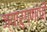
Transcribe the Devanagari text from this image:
ज्यारुग्णांची